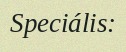
Speciális: